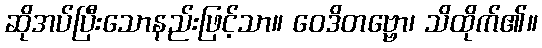
ဆိုအပ်ပြီးသောနည်းဖြင့်သာ။ ဝေဒိတဗ္ဗော၊ သိထိုက်၏။